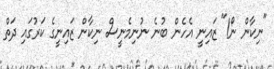
"ނިކާން ނޯ!" ޒައިނީ އެހެން ބުނެ ނުނިމެނީސް ނިކާން ޒައިނީގެ ކަރުގައި ދަތް